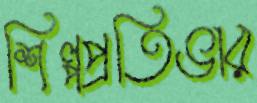
শিল্পপ্রতিভার